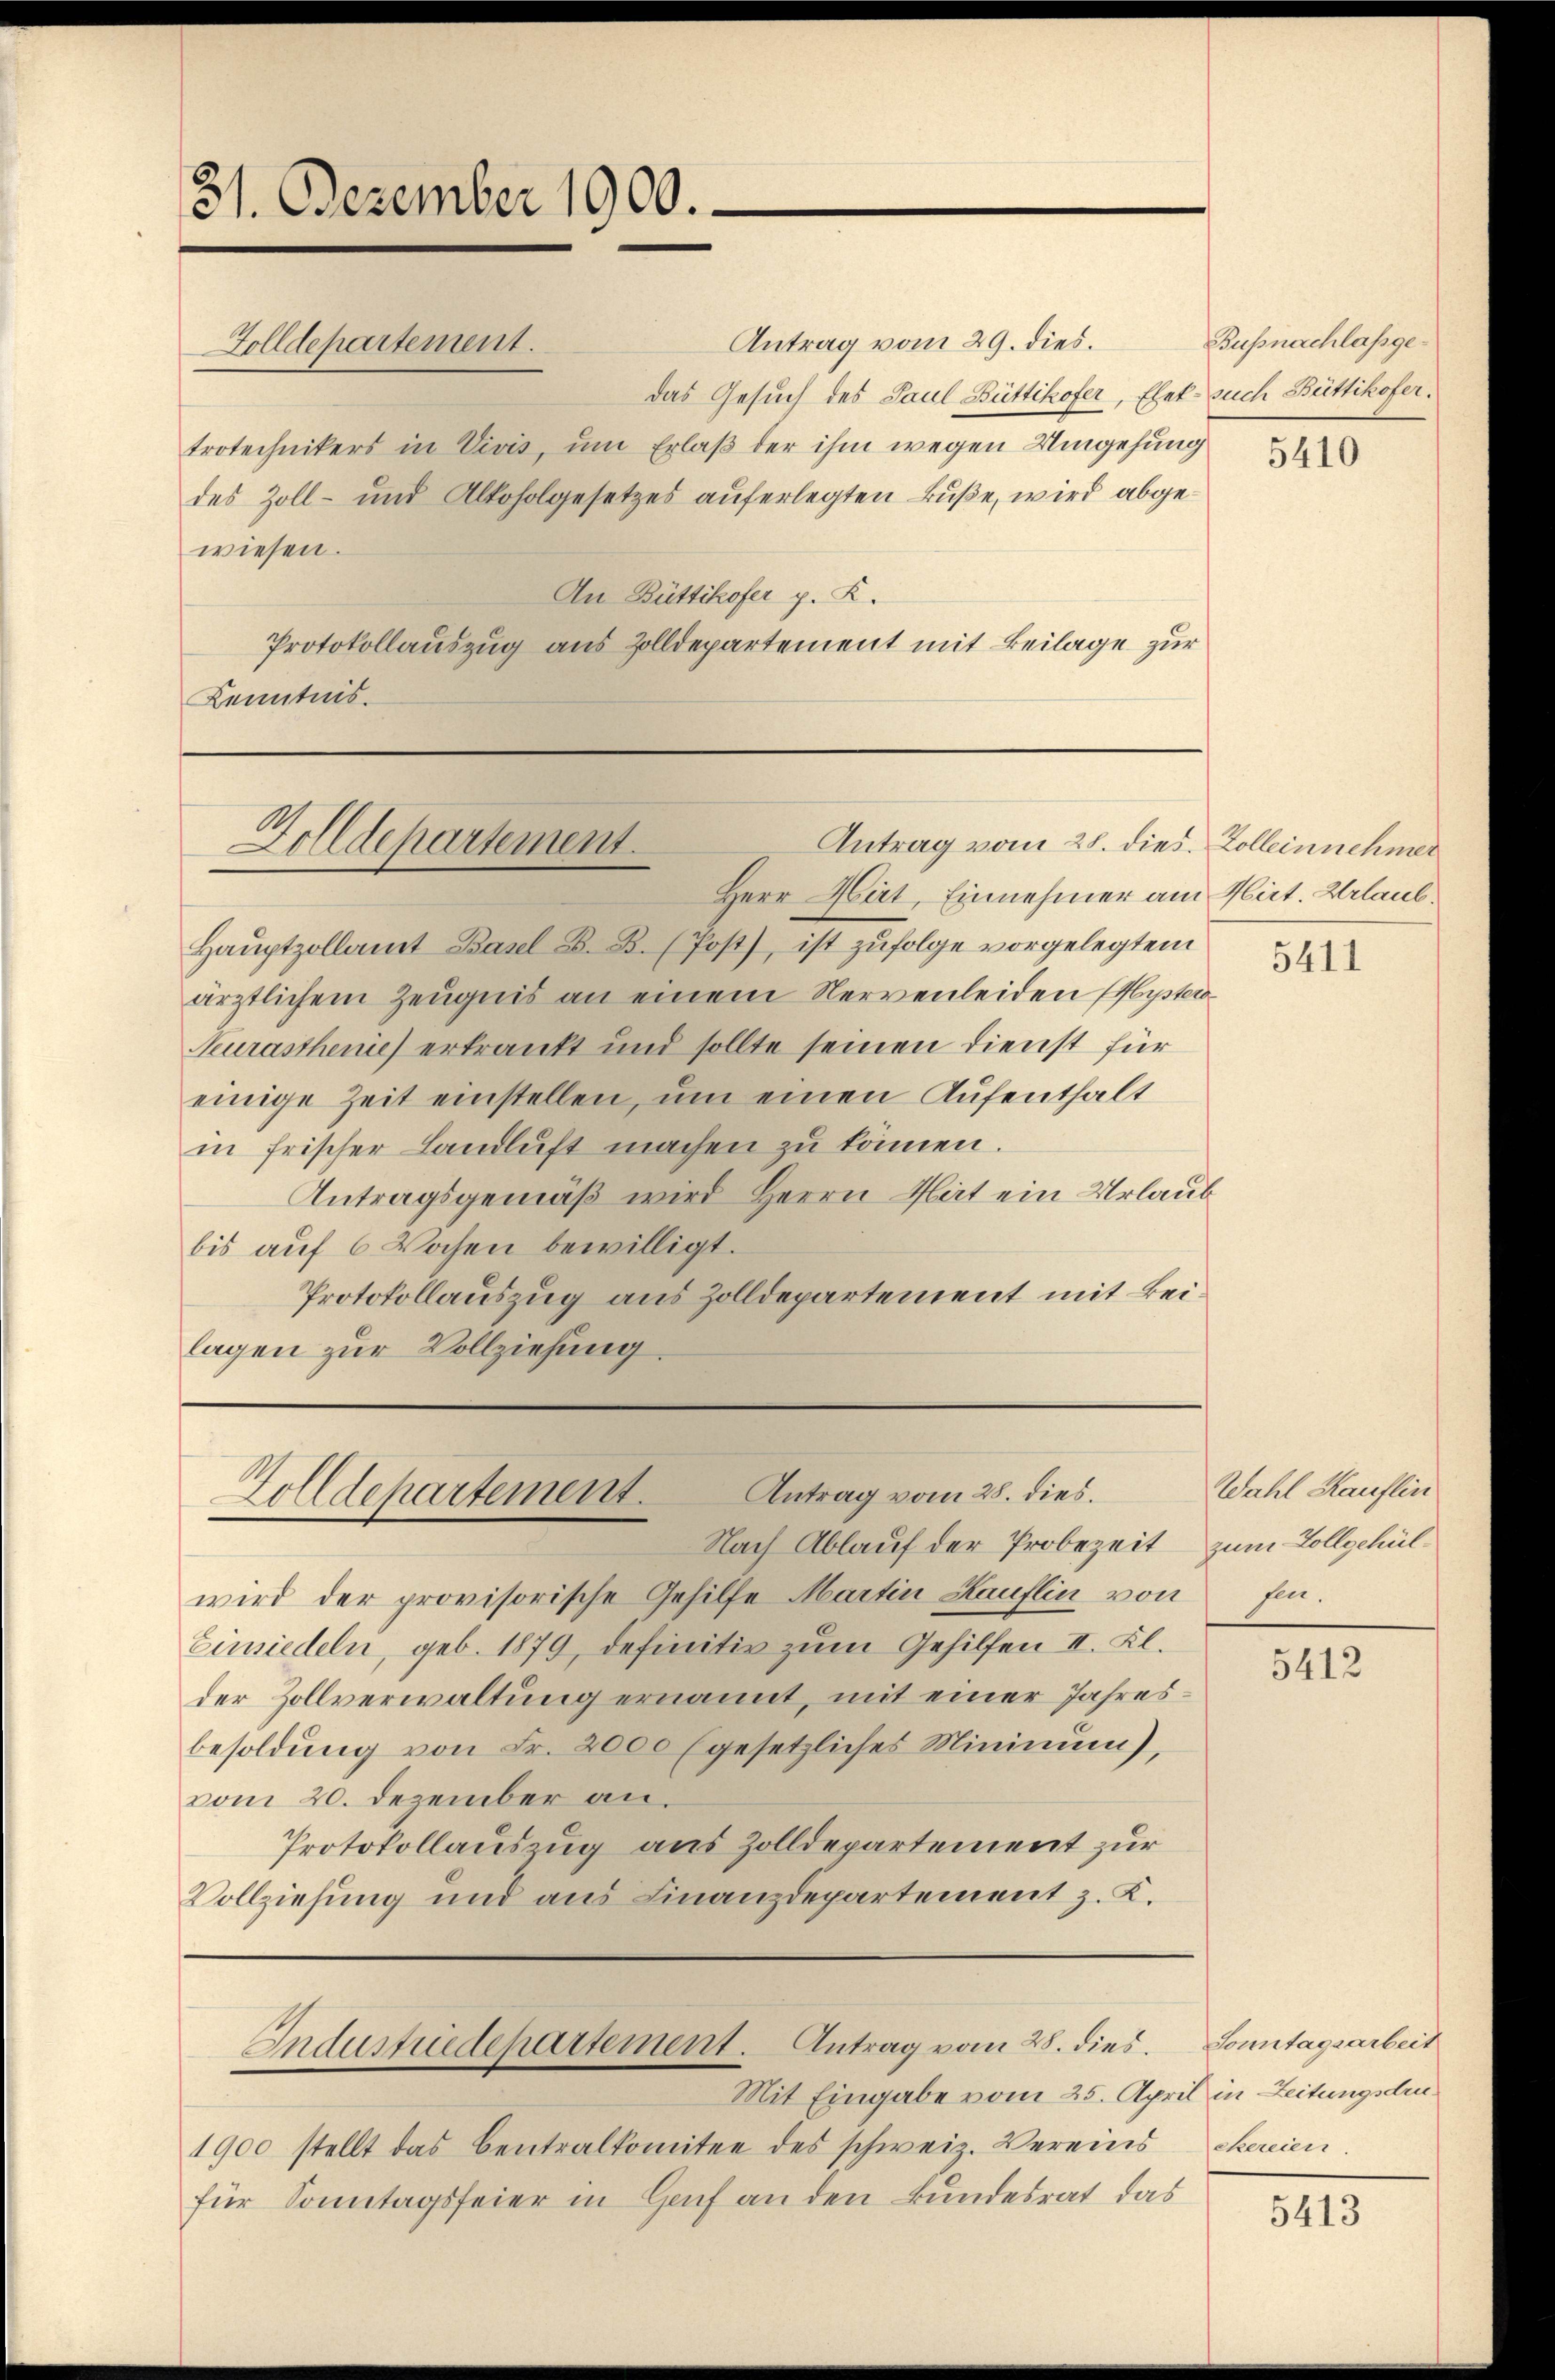
31. Dezember 1900.

Zolldepartement.
wiesen.

Antrag vom 29. dies.
das Gesuch des Paul Büttikofer, Elet- such Büttikofer.
trotechnikers in Vivis, um Erlaß der ihm wegen Umgehung
des Zoll- und Alkoholgesetzes auferlegten Buße, wird abge¬
An Büttikofer p. K.
Protokollauszug aus Zolldepartement mit Beilage zur
Kenntnis.

Antrag vom 28. dies. Zolleinnehmer
Zolldepartement.

Herr Hirt, Einnehmer am Hirt. Urlaub
Hauptzollamt Basel B. B. (Post, ist zufolge vorgelegtem
ärztlichem Zeugnis an einem Nervenleiden (Historo
Neurasthenie) erkrankt und sollte seinen Dienst für
einige Zeit einstellen, um einen Aufenthalt
in frischer Landluft machen zu können.
Antragsgemäß wird Herrn Rat ein Urlaub
bis auf 6 Wochen bewilligt.
Protokollauszug aus Zolldepartement mit keilagen zur Vollziehung

Antrag vom 28. dies
Zolldepartement.

wird der provisorische Gehilfe Martin Kauflin von
Einsiedeln, geb. 1879, definitiv zum Gehilfen II. Kl.
der Zollverwaltung ernannt, mit einer Jahresbesoldung von Fr. 2000 (gesetzliches Minimum),
vom 20. Dezember an.
Protokollausung aus Zolldepartement zur
Vollziehung und aus Finanzdepartement z. K.

Nach Ablauf der Probezeit

Mit Eingabe vom 25. April in Zeitungsdeu¬
1900 stellt das Centralkomitee des schweiz. Vereins
für Sonntagsfeier in Genf an den Bundesrat das

Industuedepartement. Antrag vom 28. dies

Bussnachlassge¬

5410

5411

Wahl Kauflin
zum Zollgehül¬
Ein.

5412

Sonntagsarbeit
ckereien

5413